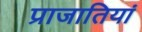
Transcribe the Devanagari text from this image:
प्राजातियां